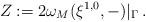
LaTeX: \begin{align*} Z:=2\omega_M(\xi^{1,0},-)|_{\Gamma}\,.\end{align*}